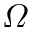
\varOmega